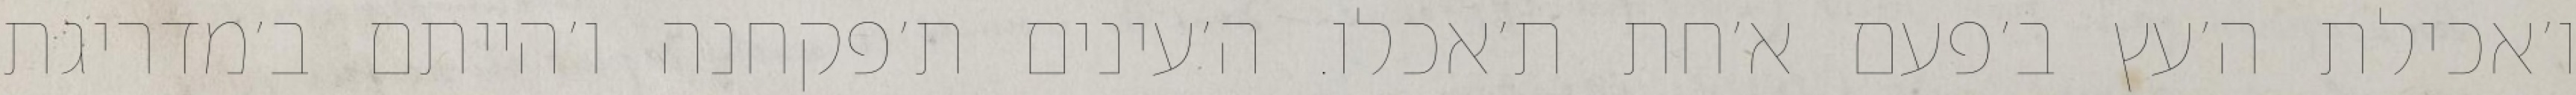
ו׳אכילת ה׳עץ ב׳פעם א׳חת ת׳אכלו. ה׳עינים ת׳פקחנה ו׳הייתם ב׳מדריגת